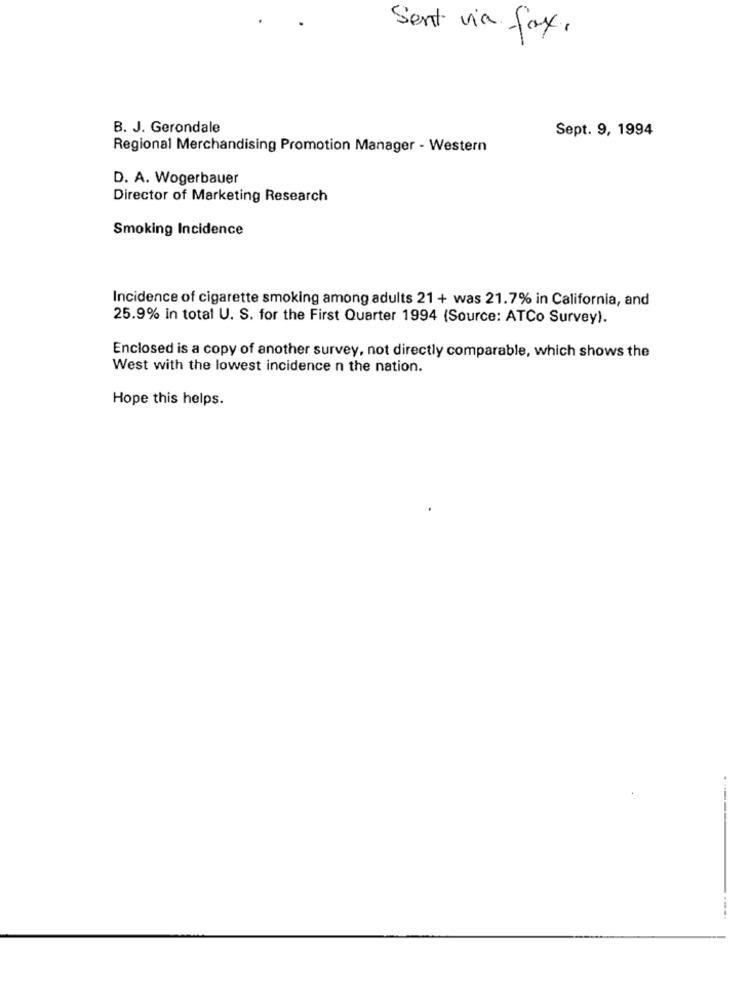
Sent via fax.
B. J. Gerondale
Sept. 9, 1994
Regional Merchandising Promotion Manager - Western
D. A. Wogerbauer
Director of Marketing Research
Smoking Incidence
Incidence of cigarette smoking among adults 21 + was 21.7% in California, and
25.9% in total U. S. for the First Quarter 1994 (Source: ATCo Survey).
Enclosed is a copy of another survey, not directly comparable, which shows the
West with the lowest incidence n the nation.
Hope this helps.
-----